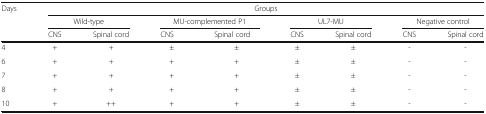
<table><thead><tr><td rowspan="3"><b>Days</b></td><td colspan="8"><b>Groups</b></td></tr><tr><td colspan="2"><b>Wild-type</b></td><td colspan="2"><b>MU-complemented P1</b></td><td colspan="2"><b>UL7-MU</b></td><td colspan="2"><b>Negative control</b></td></tr><tr><td><b>CNS</b></td><td><b>Spinal cord</b></td><td><b>CNS</b></td><td><b>Spinal cord</b></td><td><b>CNS</b></td><td><b>Spinal cord</b></td><td><b>CNS</b></td><td><b>Spinal cord</b></td></tr></thead><tbody><tr><td>4</td><td>+</td><td>+</td><td>±</td><td>±</td><td>±</td><td>±</td><td>-</td><td>-</td></tr><tr><td>6</td><td>+</td><td>+</td><td>+</td><td>+</td><td>±</td><td>±</td><td>-</td><td>-</td></tr><tr><td>7</td><td>+</td><td>+</td><td>+</td><td>+</td><td>±</td><td>±</td><td>-</td><td>-</td></tr><tr><td>8</td><td>+</td><td>+</td><td>+</td><td>+</td><td>±</td><td>±</td><td>-</td><td>-</td></tr><tr><td>10</td><td>+</td><td>++</td><td>+</td><td>+</td><td>±</td><td>±</td><td>-</td><td>-</td></tr></tbody></table>